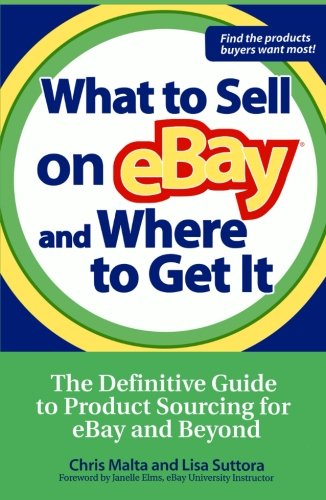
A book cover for What to Sell on eBay and Where to Get It: The Definitive Guide to Product Sourcing for eBay and Beyond; Chris Malta; Computers & Technology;